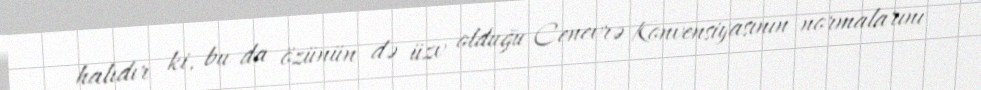
halıdır ki, bu da özünün də üzv olduğu Cenevrə Konvensiyasının normalarını